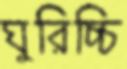
ঘুরিচ্চি